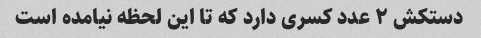
دستکش ٢ عدد کسری دارد که تا این لحظه نیامده است